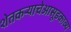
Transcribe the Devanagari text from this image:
शेतकऱ्याचेआसूडकाव्य